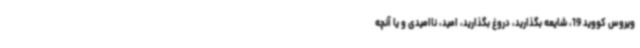
ویروس کووید 19، شایعه بگذارید، دروغ بگذارید، امید، ناامیدی و یا آنچه